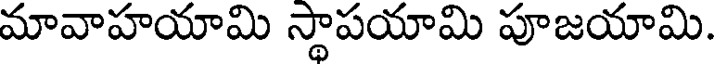
మావాహయామి స్థాపయామి పూజయామి.